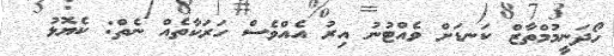
ހޯދަނީމުމްތާޒް ކަނޑަށް ވެއްޓުނު އިރު އެއްވެސް ހަރަކާތެއް ނެތް: ކެޔޮޅު